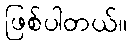
ဖြစ်ပါတယ်။